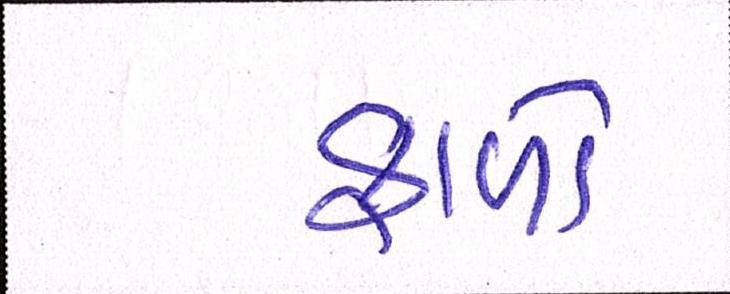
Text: ફાળો